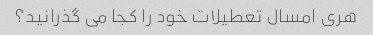
هری امسال تعطیلات خود را کجا می گذرانید؟